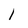
Character: I